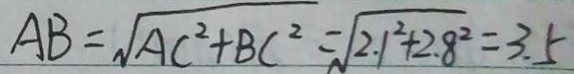
A B = \sqrt { A C ^ { 2 } + B C ^ { 2 } } = \sqrt { 2 . 1 ^ { 2 } + 2 . 8 ^ { 2 } } = 3 . 5